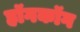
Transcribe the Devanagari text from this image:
हॉगकॉग